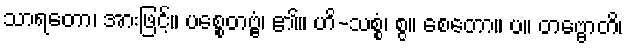
သာရတော၊ အားဖြင့်။ ပစ္စေတဗ္ဗံ၊ ၏။ ဟိ-သစ္စံ၊ စွ။ စေတော။ ပ။ တဗ္ဗောတိ၊